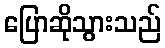
ပြောဆိုသွားသည်